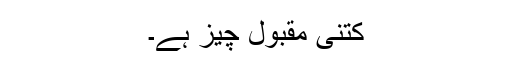
کتنی مقبول چیز ہے۔